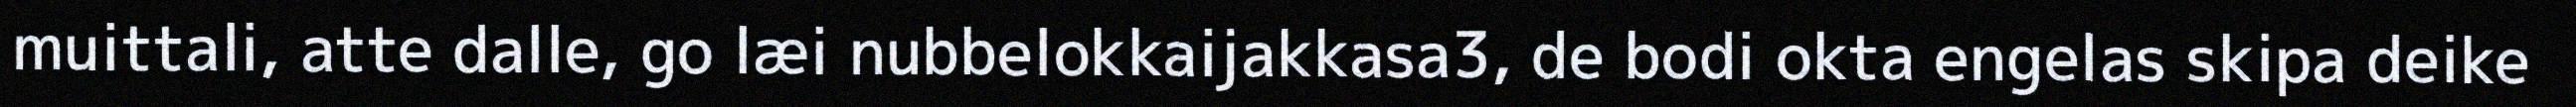
muittali, atte dalle, go læi nubbelokkaijakkasa3, de bodi okta engelas skipa deike